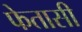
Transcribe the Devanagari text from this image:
फेतासी